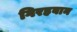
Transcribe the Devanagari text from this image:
गिरहबान